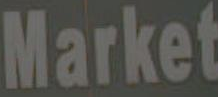
Market